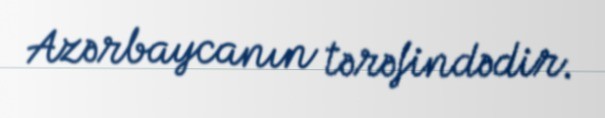
Azərbaycanın tərəfindədir.